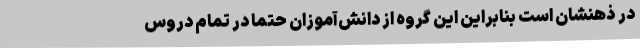
در ذهنشان است بنابراین این گروه از دانش‌آموزان حتماً در تمام دروس